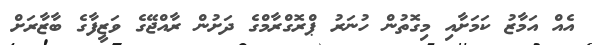
އެއް އަމާޒު ކަމަށާއި މިގޮތުން ހުނަރު ޕްރޮގްރާމްގެ ދަށުން ރާއްޖޭގެ ވަޒީފާގެ ބާޒާރަށް